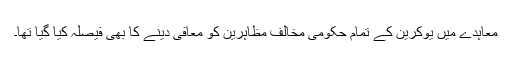
معاہدے میں یوکرین کے تمام حکومی مخالف مظاہرین کو معافی دینے کا بھی فیصلہ کیا گیا تھا۔